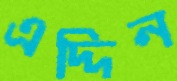
এদ্দিন